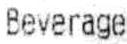
BEVERAGE